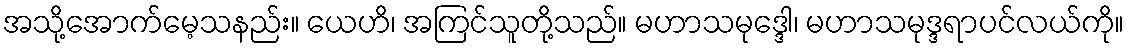
အသို့အောက်မေ့သနည်း။ ယေဟိ၊ အကြင်သူတို့သည်။ မဟာသမုဒ္ဒေါ၊ မဟာသမုဒ္ဒရာပင်လယ်ကို။